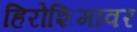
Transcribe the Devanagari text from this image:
हिरोशिमावर